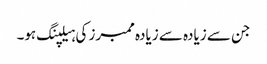
جن سے زیادہ سے زیادہ ممبرز کی ہیلپنگ ہو۔